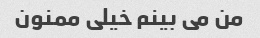
من می بینم خیلی ممنون